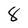
Character: 8